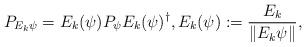
LaTeX: \begin{align*}P_{E_k\psi}=E_k(\psi)P_\psi E_k(\psi)^\dag,E_k(\psi):=\frac{E_k}{\|E_k\psi\|},\end{align*}